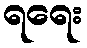
ရရေး